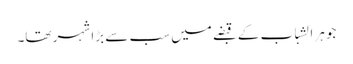
جوہر الشباب کے قبضے میں سب سے بڑا شہر تھا۔